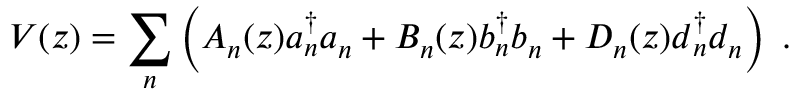
V ( z ) = { \sum _ { n } } \left( A _ { n } ( z ) a { _ n ^ { \dagger } } a _ { n } + B _ { n } ( z ) b { _ n ^ { \dagger } } b _ { n } + D _ { n } ( z ) d { _ n ^ { \dagger } } d _ { n } \right) \; .